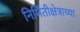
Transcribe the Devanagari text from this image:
निर्मितीक्षेत्राच्या